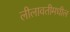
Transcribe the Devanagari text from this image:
लीलावतीमधील